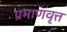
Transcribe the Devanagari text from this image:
प्रमाणवृत्त